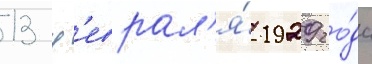
13 ф'еврал'я́ 1929 го́да